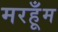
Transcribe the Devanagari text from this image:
मरहूँम